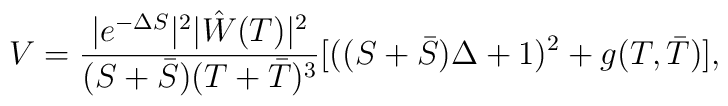
V= \frac{|e^{-\Delta S}|^2 |\hat W(T)|^2}{(S + \bar S)(T+\bar T)^3}[((S+\bar S)\Delta +1)^2 + g(T,\bar T)],